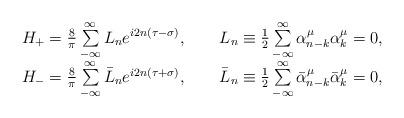
LaTeX: \begin{align*}\begin{array}{l} \qquad H_+=\frac{8}{\pi}\sum\limits^\infty_{-\infty}L_ne^{i2n(\tau-\sigma)}, \qquad L_n\equiv\frac12\sum\limits^\infty_{-\infty}\alpha^\mu_{n-k} \alpha^\mu_k=0,\\ \qquad H_-=\frac{8}{\pi}\sum\limits^\infty_{-\infty}\bar L_ne^{i2n(\tau+\sigma)}, \qquad \bar L_n\equiv\frac12\sum\limits^\infty_{-\infty}\bar\alpha^\mu_{n-k}\bar\alpha^\mu_k=0,\end{array}\end{align*}